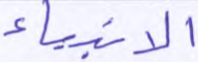
الأنبياء